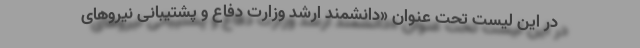
در این لیست تحت عنوان «دانشمند ارشد وزارت دفاع و پشتیبانی نیروهای